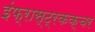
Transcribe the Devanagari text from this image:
इंफ्रास्ट्रकक्चर